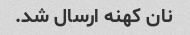
نان کهنه ارسال شد.